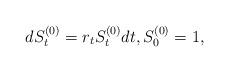
LaTeX: \begin{align*}dS^{(0)} _t = r_t S^{(0)}_t dt, S^{(0)}_0 = 1,\end{align*}